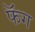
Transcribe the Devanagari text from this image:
फॅग